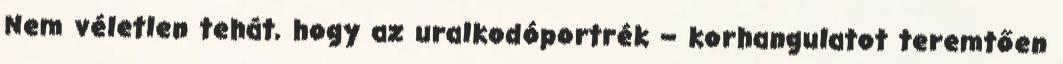
Nem véletlen tehát, hogy az uralkodóportrék – korhangulatot teremtően